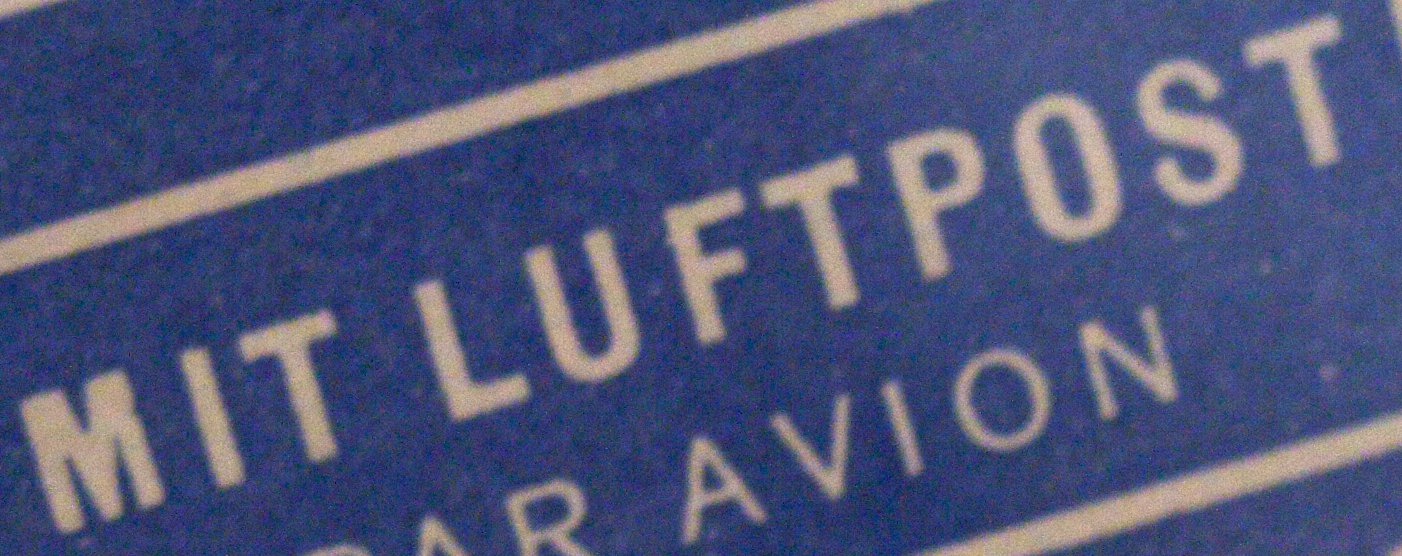
MIT LUFTPOST